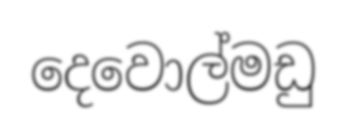
දෙවොල්මඩු